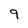
Character: 9